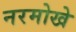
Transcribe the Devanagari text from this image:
नरमोखे